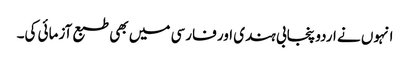
انہوں نے اردو پنجابی ہندی اور فارسی میں بھی طبع آزمائی کی۔